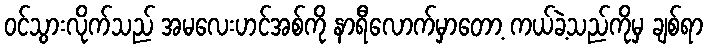
ဝင်သွားလိုက်သည် အမလေးဟင်အစ်ကို နာရီလောက်မှာတော့ ကယ်ခဲ့သည်ကိုမှ ချစ်ရာ